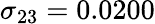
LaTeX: \sigma_{23}=0.0200